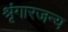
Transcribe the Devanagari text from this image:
श्रृंगारजन्य